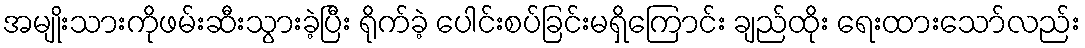
အမျိုးသားကိုဖမ်းဆီးသွားခဲ့ပြီး ရိုက်ခဲ့ ပေါင်းစပ်ခြင်းမရှိကြောင်း ချည်ထိုး ရေးထားသော်လည်း